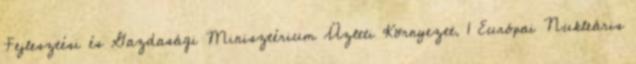
Fejlesztési és Gazdasági Minisztérium Üzleti Környezet. 1 Európai Nukleáris